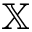
\mathbb { X }